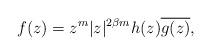
LaTeX: \begin{align*}f(z)=z^{m}|z|^{2\beta m}h(z)\overline{g(z)}, \end{align*}